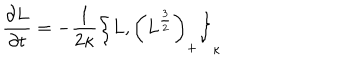
{ \frac { \partial L } { \partial t } } = - { \frac { 1 } { 2 \kappa } } \left\{ L , \left( L ^ { \frac { 3 } { 2 } } \right) _ { + } \right\} _ { \kappa }